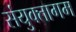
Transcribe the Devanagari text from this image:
संयुक्तागम